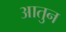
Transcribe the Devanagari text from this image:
आतुन